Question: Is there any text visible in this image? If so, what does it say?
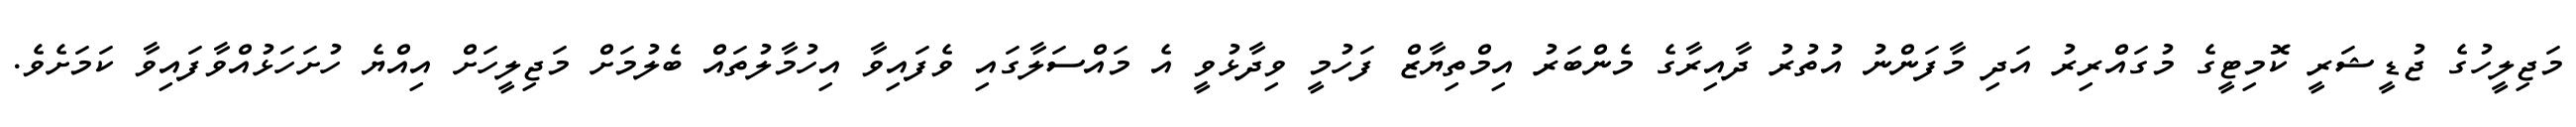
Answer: މަޖިލީހުގެ ޖުޑީޝަރީ ކޮމިޓީގެ މުގައްރިރު އަދި މާފަންނު އުތުރު ދާއިރާގެ މެންބަރު އިމްތިޔާޒް ފަހުމީ ވިދާޅުވީ އެ މައްސަލާގައި ވެފައިވާ އިހުމާލުތައް ބެލުމަށް މަޖިލީހަށް އިއްޔެ ހުށަހަޅުއްވާފައިވާ ކަމަށެވެ.